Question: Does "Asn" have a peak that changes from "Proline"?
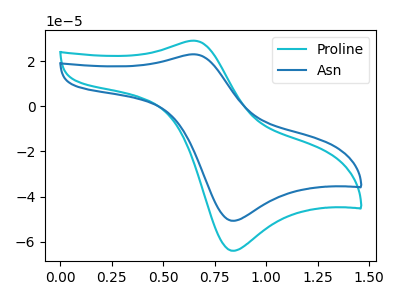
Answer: <think>The cyan curve "Proline" has an anodic peak at (0.65V, 29.10uA) and a cathodic peak at (0.85V, -63.95uA). The blue curve "Asn" has an anodic peak at (0.65V, 23.05uA) and a cathodic peak at (0.85V, -50.70uA).
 All the peaks in "Asn" have a peak in "Proline" at the same potential. Every peak in "Asn" is lower than every peak in "Proline".</think>
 <answer>No, "Asn" and "Proline" don't appear to be significantly different in shape</answer>
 <eval>no_change</eval>